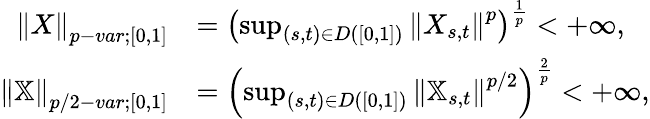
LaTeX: \begin{array}{rl}{{\left\lVert{X}\right\rVert}_{p-var;[0,1]}}&{=\left(\operatorname*{sup}_{(s,t)\in D([0,1])}{\left\lVert{X_{s,t}}\right\rVert}^{p}\right)^{\frac{1}{p}}<+\infty,}\\ {{\left\lVert{\mathbb{X}}\right\rVert}_{p/2-var;[0,1]}}&{=\left(\operatorname*{sup}_{(s,t)\in D([0,1])}{\left\lVert{\mathbb{X}_{s,t}}\right\rVert}^{p/2}\right)^{\frac{2}{p}}<+\infty,}\end{array}